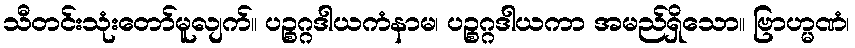
သီတင်းသုံးတော်မူလျက်။ ပဉ္စဂ္ဂဒါယကံနာမ၊ ပဉ္စဂ္ဂဒါယကာ အမည်ရှိသော။ ဗြာဟ္မဏံ၊